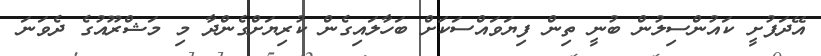
އޭދަފުށީ ކައުންސިލުން ބުނީ ތިން ފިޔަވައްސަކަށް ބަހާލައިގެން ކުރިޔަށްގެންދާ މި މަޝްރޫއުގެ ދެވަނަ